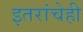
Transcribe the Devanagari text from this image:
इतरांचेही